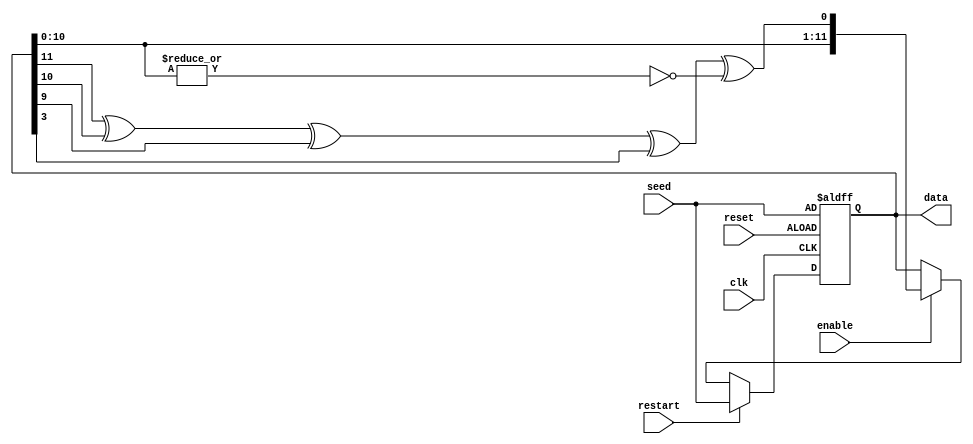
/*
 * This file was generated by the scsynth tool, and is availabl  efor use under
 * the MIT license. More information can be found at
 * http  s://github.com/arminalaghi/scsynth/
 */
module LFSR_12_bit_added_zero_example(//Linear feedback shift register
	input [11:0] seed, //Initial value
	output [11:0] data, //Current value
	input enable, //When on, new state every clock cycle
	input restart, //Restart the LFSR at its seed state

	input reset,
	input clk
);

	reg [11:0] shift_reg;
	wire shift_in;

	always @(posedge clk or posedge reset) begin
		if (reset) shift_reg <= seed;
		else if (restart) shift_reg <= seed;
		else if (enable) shift_reg <= {shift_reg[10:0], shift_in};
	end


	wire xor_out;
	assign xor_out = shift_reg[11] ^ shift_reg[10] ^ shift_reg[9] ^ shift_reg[3];

	wire zero_detector;
	assign zero_detector = ~(|(shift_reg[10:0]));
	assign shift_in = xor_out ^ zero_detector;


	assign data = shift_reg;
endmodule